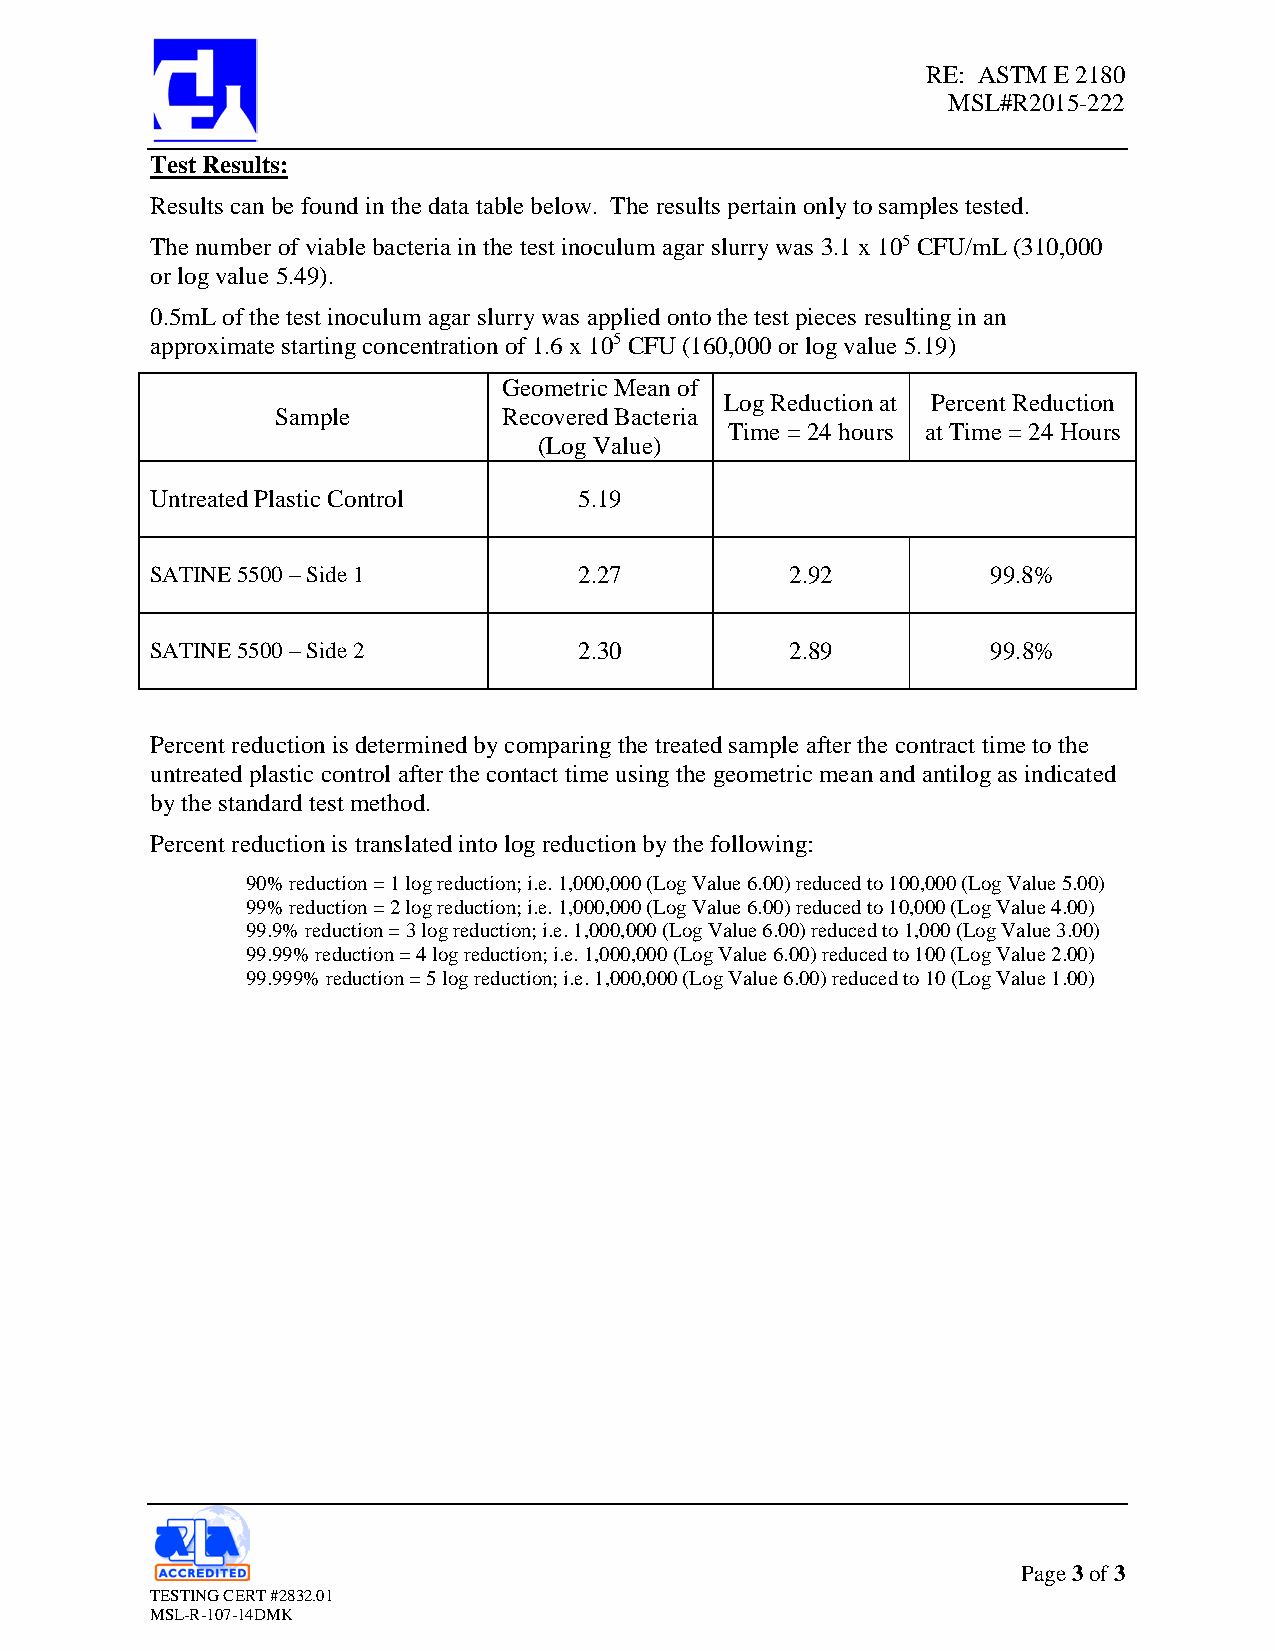
RE: ASTM E 2180
 MSL#R2015-222
 Test Results:
 Results can be found in the data table below. The results pertain only to samples tested.
 The number of viable bacteria in the test inoculum agar slurry was 3.1 x 105 CFU/mL (310,000
 or log value 5.49).
 0.5mL of the test inoculum agar slurry was applied onto the test pieces resulting in an
 approximate starting concentration of 1.6 x 105 CFU (160,000 or log value 5.19)
 Geometric Mean of
 Log Reduction at Percent Reduction
 Sample         Recovered Bacteria
 Time = 24 hours at Time = 24 Hours
 (Log Value)
 Untreated Plastic Control   5.19
 SATINE 5500 – Side 1        2.27          2.92          99.8%
 SATINE 5500 – Side 2        2.30          2.89          99.8%
 Percent reduction is determined by comparing the treated sample after the contract time to the
 untreated plastic control after the contact time using the geometric mean and antilog as indicated
 by the standard test method.
 Percent reduction is translated into log reduction by the following:
 90% reduction = 1 log reduction; i.e. 1,000,000 (Log Value 6.00) reduced to 100,000 (Log Value 5.00)
 99% reduction = 2 log reduction; i.e. 1,000,000 (Log Value 6.00) reduced to 10,000 (Log Value 4.00)
 99.9% reduction = 3 log reduction; i.e. 1,000,000 (Log Value 6.00) reduced to 1,000 (Log Value 3.00)
 99.99% reduction = 4 log reduction; i.e. 1,000,000 (Log Value 6.00) reduced to 100 (Log Value 2.00)
 99.999% reduction = 5 log reduction; i.e. 1,000,000 (Log Value 6.00) reduced to 10 (Log Value 1.00)
 Page 3 of 3
 TESTING CERT #2832.01
 MSL-R-107-14DMK